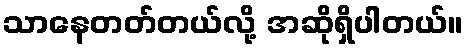
သာနေတတ်တယ်လို့ အဆိုရှိပါတယ်။